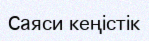
Cаяси кеңістік